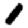
Digit: 1